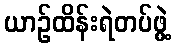
ယာဉ်ထိန်းရဲတပ်ဖွဲ့